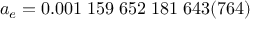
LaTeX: a _ { e } = 0 . 0 0 1 \; 1 5 9 \; 6 5 2 \; 1 8 1 \; 6 4 3 ( 7 6 4 )